Calcutta medical institutions reports 1892-1900
Year: 1892
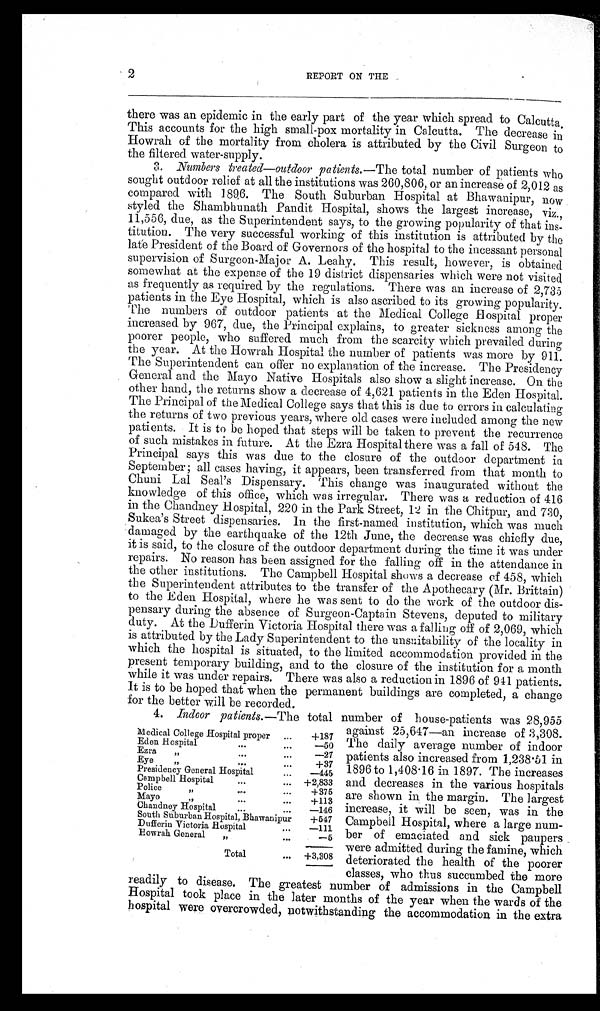
2
REPORT ON THE
there was an epidemic in the early part of the year which spread to Calcutta.
This accounts for the high small-pox mortality in Calcutta. The decrease in
Howrah of the mortality from cholera is attributed by the Civil Surgeon to
the filtered water-supply.
3. Numbers treated—outdoor patients. —The total number of patients who
sought outdoor relief at all the institutions was 260,806, or an increase of 2,012 as
compared with 1896. The South Suburban Hospital at Bhawanipur, now
styled the Shambhunath Pandit Hospital, shows the largest increase, viz.,
11,556, due, as the Superintendent says, to the growing popularity of that ins-
titution. The very successful working of this institution is attributed by the
late President of the Board of Governors of the hospital to the incessant personal
supervision of Surgeon-Major A. Leahy. This result, however, is obtained
somewhat at the expense of the 19 district dispensaries which were not visited
as frequently as required by the regulations. There was an increase of 2,735
patients in the Eye Hospital, which is also ascribed to its growing popularity.
The numbers of outdoor patients at the Medical College Hospital proper
increased by 967, due, the Principal explains, to greater sickness among the
poorer people, who suffered much from the scarcity which prevailed during
the year. At the Howrah Hospital the number of patients was more by 911.
The Superintendent can offer no explanation of the increase. The Presidency
General and the Mayo Native Hospitals also show a slight increase. On the
other hand, the returns show a decrease of 4,621 patients in the Eden Hospital.
The Principal of the Medical College says that this is due to errors in calculating
the returns of two previous years, where old cases were included among the new
patients. It is to be hoped that steps will be taken to prevent the recurrence
of such mistakes in future. At the Ezra Hospital there was a fall of 548. The
Principal says this was due to the closure of the outdoor department in
September; all cases having, it appears, been transferred from that month to
Chuni Lal Seal's Dispensary. This change was inaugurated without the
knowledge of this office, which was irregular. There was a reduction of 416
in the Chandney Hospital, 220 in the Park Street, 12 in the Chitpur, and 730,
Sukea's Street dispensaries. In the first-named institution, which was much
damaged by the earthquake of the 12th June, the decrease was chiefly due,
it is said, to the closure of the outdoor department during the time it was under
repairs. No reason has been assigned for the falling off in the attendance in
the other institutions. The Campbell Hospital shows a decrease of 458, which
the Superintendent attributes to the transfer of the Apothecary (Mr. Brittain)
to the Eden Hospital, where he was sent to do the work of the outdoor dis-
pensary during the absence of Surgeon-Captain Stevens, deputed to military
duty. At the Dufferin Victoria Hospital there was a falling off of 2,069, which
is attributed by the Lady Superintendent to the unsuitability of the locality in
which the hospital is situated, to the limited accommodation provided in the
present temporary building, and to the closure of the institution for a month
while it was under repairs. There was also a reduction in 1896 of 941 patients.
It is to be hoped that when the permanent buildings are completed, a change
for the better will be recorded.
4. Indoor patients. —The total number of house-patients was 28,955
against 25,647—an increase of 3,308.
The daily average number of indoor
patients also increased from 1,238.51 in
1896 to 1,408.16 in 1897. The increases
and decreases in the various hospitals
are shown in the margin. The largest
increase, it will be seen, was in the
Campbell Hospital, where a large num-
ber of emaciated and sick paupers
were admitted during the famine, which
deteriorated the health of the poorer
classes, who thus succumbed the more
readily to disease. The greatest number of admissions in the Campbell
Hospital took place in the later months of the year when the wards of the
hospital were overcrowded, notwithstanding the accommodation in the extra
Medical College Hospital proper ...
+187
Eden Hospital
...
. . .
—50
Ezra „
...
...
—27
Eye „
. . .
...
+37
Presidency General Hospital
...
—445
Campbell Hospital
...
... +2,833
Police ,,
. . .
...
+375
Mayo ,,
...
...
+113
Chandney Hospital
...
...
—146
South Suburban Hospital, Bhawanipur
+547
Dufferin Victoria Hospital
. . .
—111
Howrah General „
...
—5
Total
... +3,308